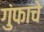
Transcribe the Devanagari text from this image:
गुंफाचे